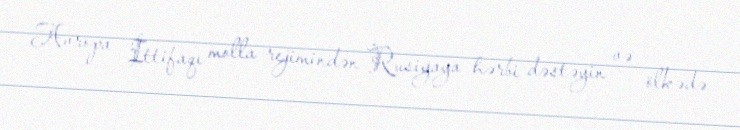
Avropa İttifaqı molla rejimindən Rusiyaya hərbi dəstəyin və ölkədə